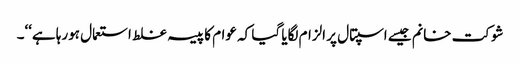
شوکت خانم جیسے اسپتال پر الزام لگایا گیا کہ عوام کا پیسہ غلط استعمال ہورہا ہے‘‘۔